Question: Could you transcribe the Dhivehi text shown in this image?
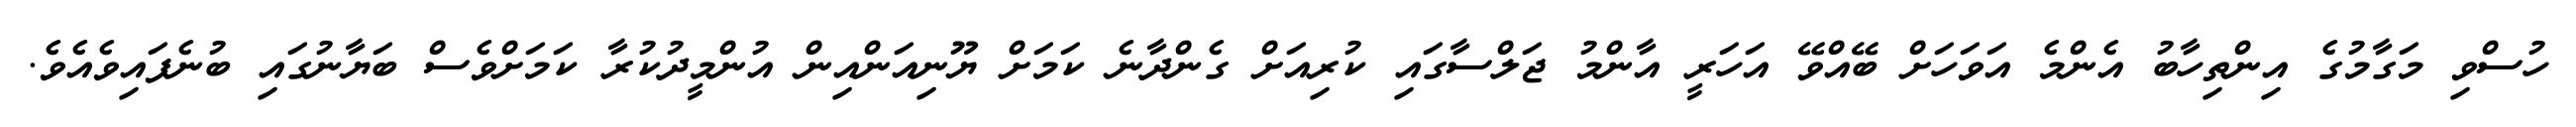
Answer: ހުސްވި މަގާމުގެ އިންތިހާބު އެންމެ އަވަހަށް ބޭއްވޭ އަހަރީ އާންމު ޖަލްސާގައި ކުރިއަށް ގެންދާނެ ކަމަށް ޔޫނިއަންއިން އުންމީދުކުރާ ކަމަށްވެސް ބަޔާނުގައި ބުނެފައިވެއެވެ.